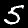
Digit: 5